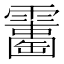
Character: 𩆘